Scottish assistants in French and Prussian schools and colleges, 1910
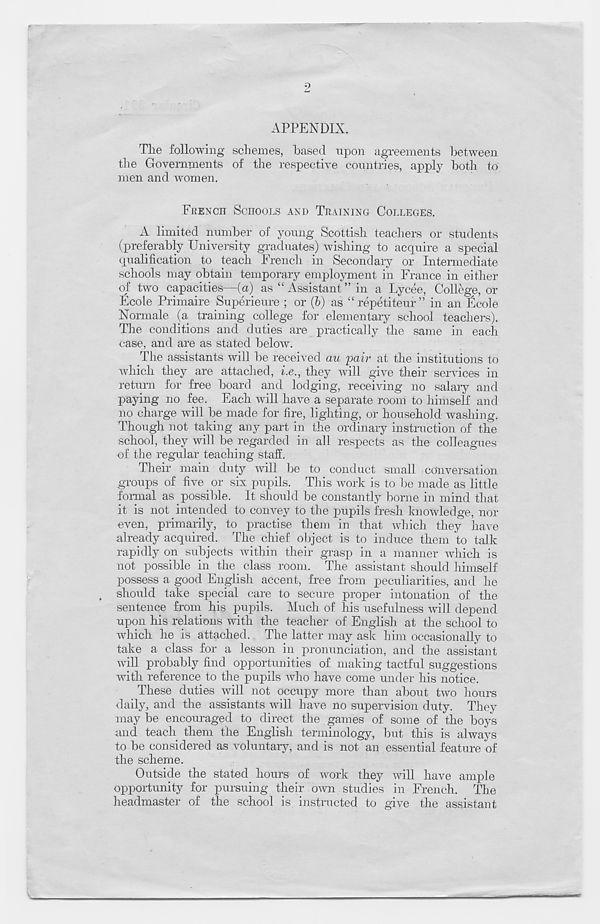
9
APPENDIX.
The following schemes, based upon agreements between
the Governments of the respective countries, apply both to,
men and women.
FEENOH SCHOOLS AND TRAINING COLLEGES.
A limited number of young Scottish teachers or students
(preferably University graduates) wishing to acquire a special
qualification to teach French in Secondary or Intermediate
schools may obtain temporary employment in France in either
of two capacities—(a) as “ Assistant ” in a Lycee, College, or
Eeole Primaire Superieure ; or (6) as “repetiteur” in an ficole
Normale (a training college for elementary school teachers).
The conditions and duties are practically the same in each
case, and are as stated below.
The assistants will be received au 'pair at the institutions to
which they are attached, i.e., they will give their services in
return for free board and lodging, receiving no salary and
paying no fee. Each will have a separate room to himself and
no charge will be made for fire, lighting, or household washing.
Though not taking any part in the ordinary instruction of the
school, they will be regarded in all respects as the colleagues
•of the regular teaching staff.
Their main duty will be to conduct small conversation
groups of five. or six pupils. This work is to be made as little
formal as possible. It should be constantly borne in mind that
it is not. intended to convey to the pupils fresh knowledge, nor
even, primarily, to practise them in that which they have
already acquired. The chief object is to induce them to talk
rapidly on subjects within their grasp in a manner which is
not possible in the class room. The assistant should himself
possess a good English accent, free from, peculiarities, and he
should take special care to secure proper intonation of the
sentence from his pupils. Much of his usefulness will depend
upon his relations with the teacher of English at the school to
which he is attached. t The latter may ask him occasionally to
take a class for a lesson in pronunciation, and the assistant
will probably find opportunities of making tactful suggestions
with reference to the pupils who have come under his notice.
These duties will not occupy more than about two hours
daily, and the assistants will Lave no supervision duty. They
may be encouraged to direct the games of some of the boys
and teach them the English terminology, but this is always
to be considered as voluntary, and is not an essential feature of
the scheme.
Outside the stated hours of work they will have ample
opportunity for pursuing their own studies in French. The
headmaster of the school is instructed to give the assistant